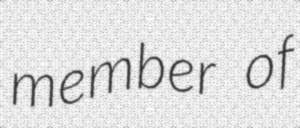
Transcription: member of